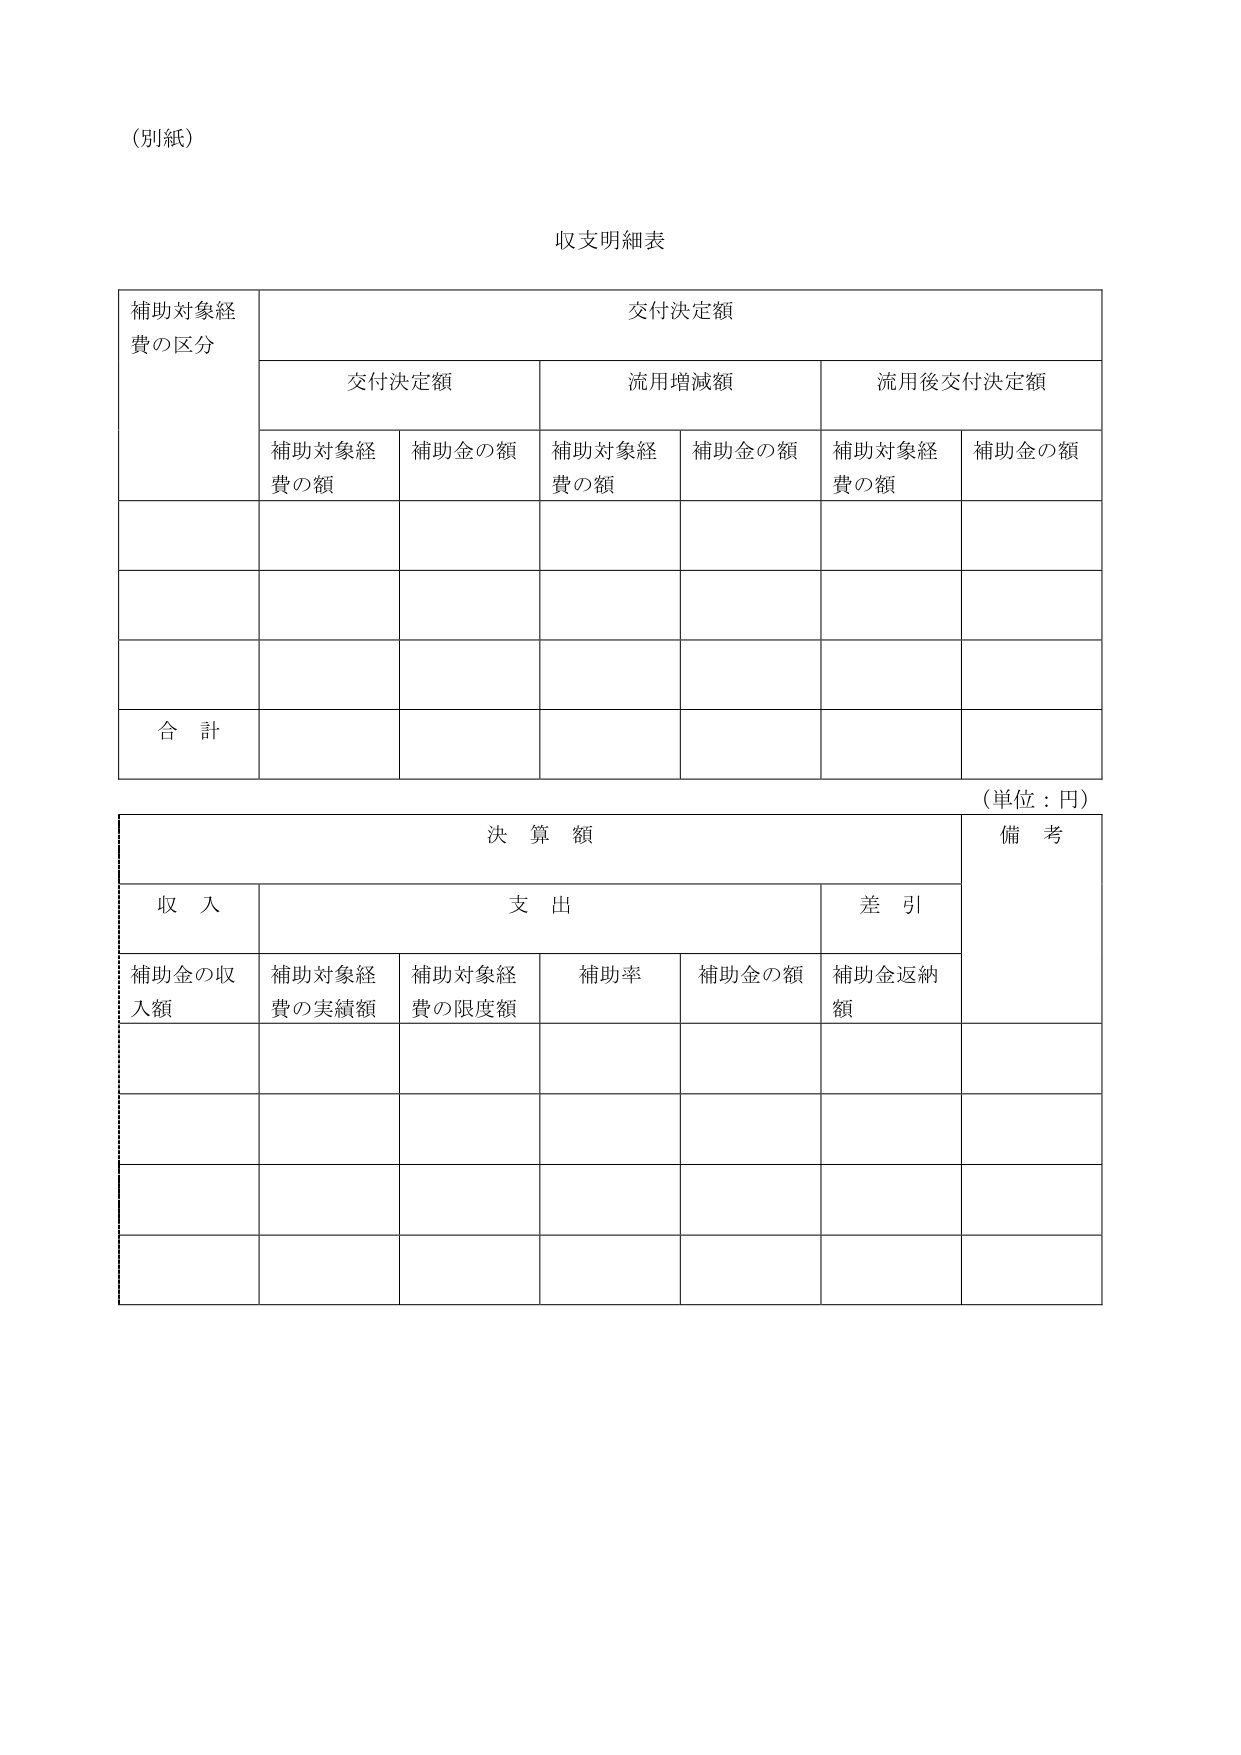
（別紙）

収支明細表

補助対象経費の区分　交付決定額

　　　　　　　　　　　交付決定額　　　　　　流用増減額　　　　　　流用後交付決定額

　　　　　　　　　補助対象経費の額　　補助金の額　　補助対象経費の額　　補助金の額　　補助対象経費の額　　補助金の額

合　計

（単位：円）

決　算　額　　　　　　　　　　　　　　　　　　　備　考

収　入　　　　　　　　　支　出　　　　　　　　　差　引

補助金の収入額　　補助対象経費の実績額　　補助対象経費の限度額　　補助率　　補助金の額　　補助金返納額